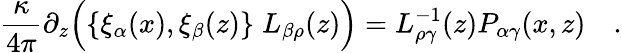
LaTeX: {\frac{\kappa}{4\pi}}\partial_{z}\Bigl(\{ \xi_{\alpha}(x),\xi_{\beta}(z)\} \; L_{\beta\rho}(z)\Bigr)=L_{\rho\gamma}^{-1}(z)P_{\alpha\gamma}(x,z)\quad.